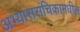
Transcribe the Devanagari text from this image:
अभ्याससंचिकामधील